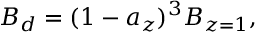
B _ { d } = ( 1 - a _ { z } ) ^ { 3 } B _ { z = 1 } ,